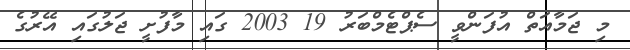
މި ޖަމާއަތް އުފަންވީ ސެޕްޓެމްބަރު 19 2003 ގައި މާފުށީ ޖަލުގައި އޭރުގެ